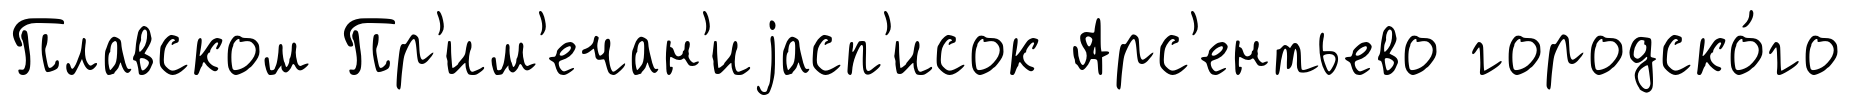
Плавском Пр'им'ечан'иjасп'исок Арс'ентьево городско́го